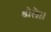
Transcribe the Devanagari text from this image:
डोलै।।